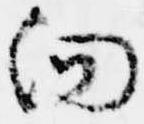
向